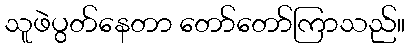
သူဖဲပွတ်နေတာ တော်တော်ကြာသည်။